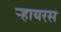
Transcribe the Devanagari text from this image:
ऱ्हायरस